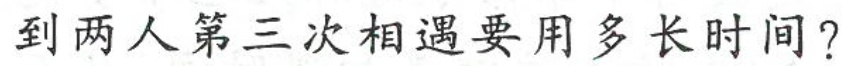
到两人第三次相遇要用多长时间?